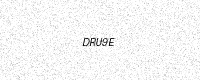
Text: DRU9E